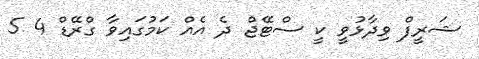
ޝަރީފް ވިދާޅުވީ ކީ ސްޓޭޖް ދެ އެއް ކަމުގައިވާ ގްރޭޑް 4 5